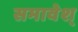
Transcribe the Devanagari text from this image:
समावेश्